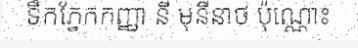
ទឹកភ្នែកកញ្ញា នី មុនីនាថ ប៉ុណ្ណោះ